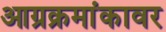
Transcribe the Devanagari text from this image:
आग्रक्रमांकावर